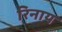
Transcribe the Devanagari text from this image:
रिनाय